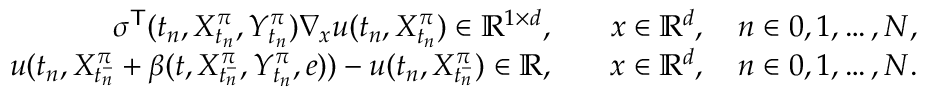
\begin{array} { r l } { \sigma ^ { \mathsf { T } } ( t _ { n } , X _ { t _ { n } } ^ { \pi } , Y _ { t _ { n } } ^ { \pi } ) \nabla _ { x } u ( t _ { n } , X _ { t _ { n } } ^ { \pi } ) \in \mathbb R ^ { 1 \times d } , \quad } & { x \in \mathbb R ^ { d } , \quad n \in { 0 , 1 , \ldots , N } , } \\ { u ( t _ { n } , X _ { t _ { n } ^ { - } } ^ { \pi } + \beta ( t , X _ { t _ { n } ^ { - } } ^ { \pi } , Y _ { t _ { n } } ^ { \pi } , e ) ) - u ( t _ { n } , X _ { t _ { n } ^ { - } } ^ { \pi } ) \in \mathbb R , \quad } & { x \in \mathbb R ^ { d } , \quad n \in { 0 , 1 , \ldots , N } . } \end{array}